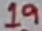
Text: 19